Cholera in southern India
Disease focus: Cholera
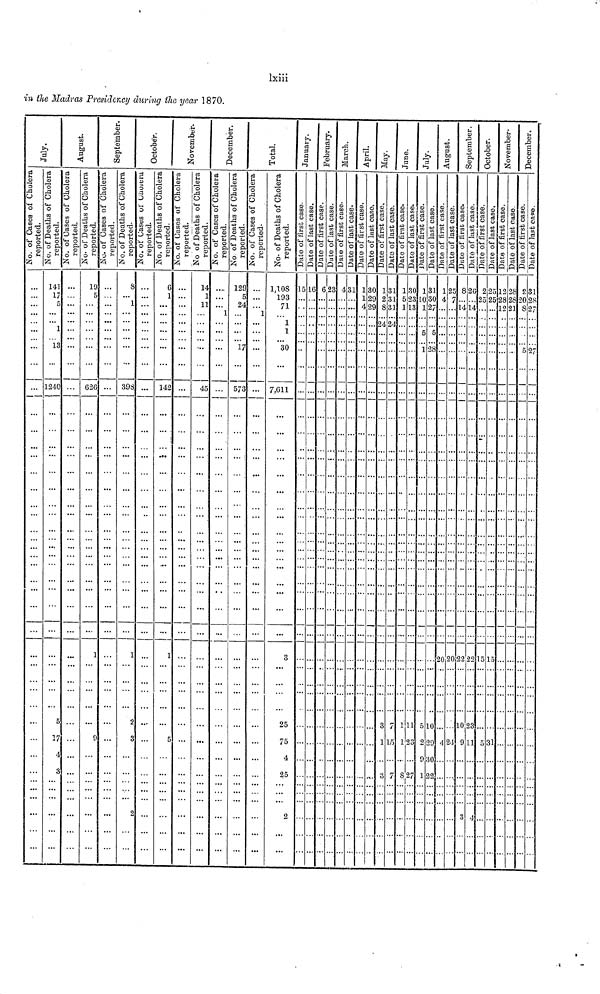
lxiii
in the Madras Presidency during the year 1870.
No. of Cases of Cholera
reported
...
...
...
...
....
...
...
...
...
...
...
...
...
...
...
...
...
...
...
...
..
....
...
...
...
...
...
...
...
...
...
...
...
...
...
...
...
...
...
...
...
...
...
...
Julu *
No. of Deaths of Cholera
reported
14
17
5
...
...
...
...
13
...
124
...
...
...
...
...
...
...
...
...
...
...
...
...
...
...
...
...
...
...
...
...
...
...
...
...
...
...
...
...
...
...
...
...
No. of Cases of Cholera
reported
...
...
...
...
...
...
...
! ...
...
0 ...
...
...
...
...
...
...
...
...
...
...
...
....
...
...
...
...
...
...
...
...
...
...
...
5
17
4
3
...
...
...
...
...
...
...
August
No. of Deaths of Cholera
reported
19
5
...
...
...
...
...
...
...
62
...
...
...
...
...
...
...
...
...
...
...
...
...
...
...
...
...
...
1
...
...
...
...
...
...
...
...
...
...
...
...
...
...
...
No. of Cases of Cholera
reported
...
...
...
....
...
...
...
...
...
6 ...
...
...
...
...
...
....
...
...
...
...
...
...
...
...
...
...
...
...
...
...
...
...
...
...
...
...
...
...
...
...
...
...
...
...
September
8
...
1
...
...
...
...
...
...
398
...
...
...
...
...
...
...
...
...
....
...
...
...
...
...
...
...
...
1
...
...
...
...
...
9
...
...
...
...
...
2
...
...
...
No. of Cases of Cholera
reported
...
...
...
...
...
....
...
...
...
...
...
...
...
...
...
...
...
...
...
...
...
...
...
...
...
...
...
...
...
...
...
...
...
2
3
...
...
...
...
...
...
...
...
...
October
No. of Deaths of Cholera
reported
C
1
...
...
...
....
...
...
...
142
...
...
...
...
...
...
...
...
...
...
...
...
...
...
...
...
...
1
...
...
...
...
...
...
...
...
...
...
...
...
...
...
...
No. of Cases of Cholera
reported
...
6
...
...
...
...
...
...
...
...
...
...
...
...
...
...
...
...
...
...
...
...
...
..
...
...
...
...
...
...
...
...
...
...
5
...
...
...
...
...
...
...
...
...
November
No. of Deaths of Cholera
reported
14
14
11
...
...
...
...
...
...
45
...
...
...
...
...
...
...
...
...
...
...
...
...
...
...
...
...
...
...
...
...
...
...
...
...
...
...
...
...
...
...
...
...
...
No. of Cases of Cholera
reported
...
...
...
...
...
...
...
...
...
...
...
...
...
...
..
...
...
...
...
...
...
...
...
...
...
...
...
...
...
...
...
...
...
...
...
....
...
...
...
...
...
...
...
...
December
No. of Deaths of Cholera
reported
129
5
24
...
...
...
...
17
...
573
...
...
...
...
...
...
...
...
...
...
...
...
...
...
...
...
...
...
...
...
...
...
...
...
...
...
...
...
...
...
...
...
...
...
No. of Cases of Cholera
reported
...
...
...
1
...
...
...
...
...
...
...
...
...
...
...
...
...
...
...
...
...
...
...
...
...
...
...
...
....
...
...
...
...
...
...
...
...
...
...
...
...
...
...
...
Total
No. of Deaths of Cholera
reported
1,108
193
71
...
...
...
....
30
...
7,611
...
...
...
...
...
...
...
...
...
...
...
...
...
...
...
...
...
...
3
...
...
...
...
25
75
4
25
...
...
...
2
...
...
...
No. of Cases of Cholera
reported
15
...
...
...
...
..
..
...
..
...
...
...
...
...
...
...
...
...
...
...
...
...
...
...
...
...
...
...
...
...
...
...
...
...
...
...
...
...
...
...
...
...
...
...
January
Date of Case
16
...
...
...
...
...
...
...
...
...
..
...
...
...
...
....
...
...
...
...
...
...
...
...
...
...
...
...
...
...
...
...
...
...
...
...
...
...
...
...
...
...
...
...
Date of Case
6
...
...
....
...
...
...
...
...
...
...
...
...
...
...
...
....
...
...
...
...
...
...
...
...
...
...
...
...
...
...
...
...
...
...
...
...
...
...
...
...
...
...
...
February
Date of Case
23
...
...
...
...
...
...
...
...
...
...
...
...
...
...
...
...
....
...
...
...
...
...
...
....
...
...
...
...
...
...
...
...
...
...
...
...
...
...
...
...
...
...
...
March
Date of Case
...
...
...
....
...
...
...
...
...
...
...
...
...
...
....
...
...
...
...
...
...
...
...
...
...
...
...
...
...
...
...
...
...
...
...
...
...
...
...
...
...
...
...
Date of Case
4 31
....
....
...
...
...
...
...
...
...
...
...
...
...
...
...
...
...
...
...
...
...
...
...
...
...
...
...
...
...
...
...
...
...
...
...
...
...
...
...
...
...
...
...
April
Date of Case
1
1
4
...
...
...
...
...
...
...
...
...
...
...
...
...
...
...
...
...
...
...
...
...
...
...
...
...
...
...
...
...
...
...
...
...
...
...
...
...
...
...
...
...
Date of Case
30
29
29
...
...
...
...
...
...
...
...
...
...
...
...
...
...
...
...
...
...
...
...
...
...
....
...
...
...
...
...
...
...
...
...
...
...
...
...
...
...
...
...
...
May
Date of Case
1
2
8
...
...
...
...
...
...
...
...
...
...
...
...
...
...
...
...
...
...
...
...
...
...
....
...
...
...
...
...
...
...
...
...
...
...
...
...
...
...
...
...
Date of Case
31
3
31
...
...
...
...
...
...
...
...
...
...
...
...
...
...
...
...
...
...
...
...
...
...
....
...
...
...
...
...
...
...
3
1
...
...
...
..
...
...
...
...
...
June
Date of Case
...
...
...
...
...
...
...
...
...
...
...
...
...
...
...
...
...
...
...
...
..
...
....
...
...
...
...
...
...
...
7
15
...
...
...
...
...
...
...
...
...
July
Date of Case
30
..
...
...
...
...
...
...
...
...
...
...
...
...
...
...
....
...
...
...
...
...
...
....
...
...
...
...
...
...
...
1 1
123
...
3
...
...
...
...
...
...
...
Date of Case
1
...
...
...
...
...
...
...
...
...
...
...
...
...
...
...
...
...
...
...
...
...
...
...
...
...
...
...
...
...
...
5
...
7
...
...
...
...
...
...
...
August
Date of Case
31
...
...
...
...
128
...
...
...
....
...
...
...
...
...
...
...
...
...
...
...
...
...
...
...
...
..
...
...
...
...
10
2 29
3
8
...
...
...
...
...
...
...
Date of Case
1
....
...
...
...
...
...
...
...
...
...
...
...
...
..
...
...
...
...
...
....
...
...
...
...
...
2
...
...
...
...
...
7
27
...
...
...
...
...
...
...
September
Date of Case
25
...
...
....
...
...
...
...
...
...
...
...
...
...
...
...
...
...
...
...
....
...
...
...
....
...
0 20
...
...
...
...
...
4 2
8
...
...
...
...
...
...
...
Date of Case
8
**
i
...
...
...
...
...
...
...
...
...
...
...
...
...
...
...
...
...
...
...
...
...
....
...
...
...
2
...
...
...
...
10
4
27
1
...
..
...
...
...
...
October.
Date of Case
26
...
....
...
...
...
...
...
...
...
...
...
...
...
....
...
...
...
...
...
...
...
...
....
...
...
2 29
...
...
...
...
91
2
...
..
...
3
...
...
...
Date of Case
2
...
...
...
...
...
...
...
...
...
...
...
...
...
...
...
...
...
...
...
...
...
...
...
...
...
1
...
...
...
...
23
1
122
2
...
...
...
4
...
...
...
November
Date of Case
25
...
...
...
...
...
...
...
...
...
...
...
...
...
...
...
...
...
...
...
...
...
...
...
...
...
5 15
...
...
...
...
...
53
...
...
...
...
...
...
...
...
...
Date of Case
12
...
...
...
...
...
...
...
...
...
...
...
...
...
...
...
...
...
...
...
...
...
...
...
...
...
...
...
...
...
...
...
1
...
...
...
...
...
...
...
...
...
December
Date of Case
28
...
...
...
...
...
...
...
...
...
...
...
...
...
...
...
...
...
...
...
...
...
...
...
...
...
...
...
...
...
...
...
...
...
...
...
...
...
...
...
...
...
Date of Case
9.
20
8
...
...
...
...
5
...
...
...
...
...
...
...
...
...
...
......
...
...
...
...
...
...
...
...
...
...
...
...
...
...
...
...
...
...
...
...
...
...
...
...
...
Date of Case
1
28
27
...
...
...
...
2
...
...
...
...
...
...
...
...
...
...
...
...
...
...
...
...
...
...
...
...
...
...
...
...
...
...
...
...
...
...
...
...
...
...
...
..
Date of Case
...
...
...
...
..
.
..
...
...
...
...
...
...
...
...
..
...
..
...
...
...
...
...
...
..
...
...
...
...
...
...
...
...
...
...
...
...
...
...
...